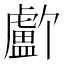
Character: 𬐸